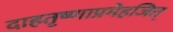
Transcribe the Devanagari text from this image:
दाहतृष्णाप्रमेहजित्‌